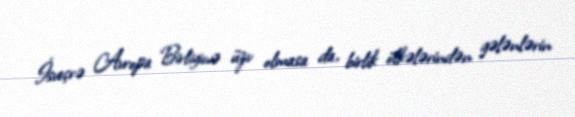
İsveçrə Avropa Birliyinə üzv olmasa da, birlik ölkələrindən gələnlərin